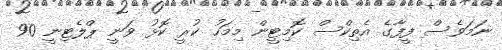
ނަމަވެސް ފީފާގެ އެތިކްސް ކޮމިޓީން މިމަހު ކުރީ ކޮޅު ވަނީ ޕްލެޓިނީ 90